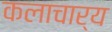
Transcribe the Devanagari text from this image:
कलाचार्य